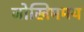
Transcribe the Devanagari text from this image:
जोखिममय